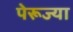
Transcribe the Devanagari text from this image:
पेरूज्या